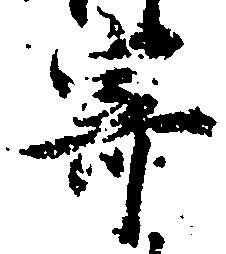
寄